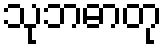
သုဘဓာတု